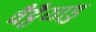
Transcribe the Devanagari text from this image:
वैट्टैयाडु